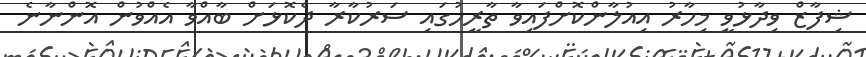
ޝިފާޒް ވިދާޅުވީ މިހާރު އިއުލާންކޮށްފައިވާ ތާރީހުގައި ސަރުކާރާ ދެކޮޅަށް ބާއްވާ އެއްވުން އޮންނާނެ